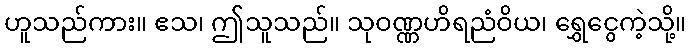
ဟူသည်ကား။ ဧသ၊ ဤသူသည်။ သုဝဏ္ဏဟိရညံဝိယ၊ ရွှေငွေကဲ့သို့။